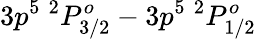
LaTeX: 3p^{5}~^{2}P_{3/2}^{o}-3p^{5}~^{2}P_{1/2}^{o}